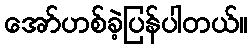
အော်ဟစ်ခဲ့ပြန်ပါတယ်။